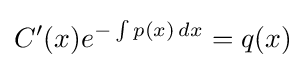
C'(x)e^{-\int p(x)\,dx}=q(x)